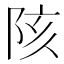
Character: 陔